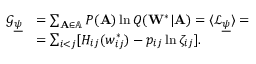
\begin{array} { r l } { \mathcal { G } _ { \underline { { \psi } } } } & { = \sum _ { \mathbf { A } \in \mathbb { A } } P ( \mathbf { A } ) \ln Q ( \mathbf { W } ^ { * } | \mathbf { A } ) = \langle \mathcal { L } _ { \underline { { \psi } } } \rangle = } \\ & { = \sum _ { i < j } [ H _ { i j } ( w _ { i j } ^ { * } ) - p _ { i j } \ln \zeta _ { i j } ] . } \end{array}